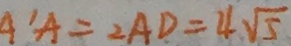
A ^ { \prime } A = 2 A D = 4 \sqrt { 5 }